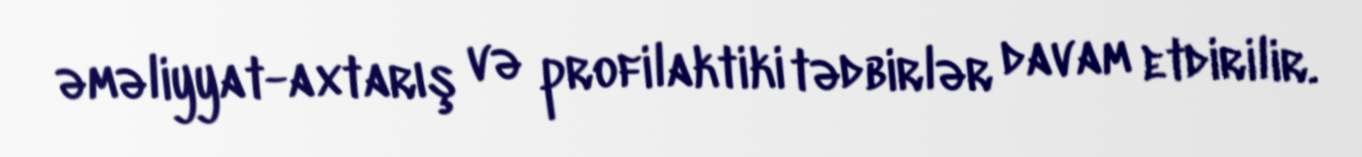
əməliyyat-axtarış və profilaktiki tədbirlər davam etdirilir.